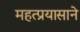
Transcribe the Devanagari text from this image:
महत्प्रयासाने